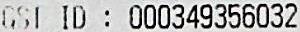
GST ID : 000349356032